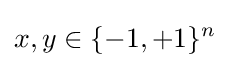
x,y\in \{-1,+1\}^{n}